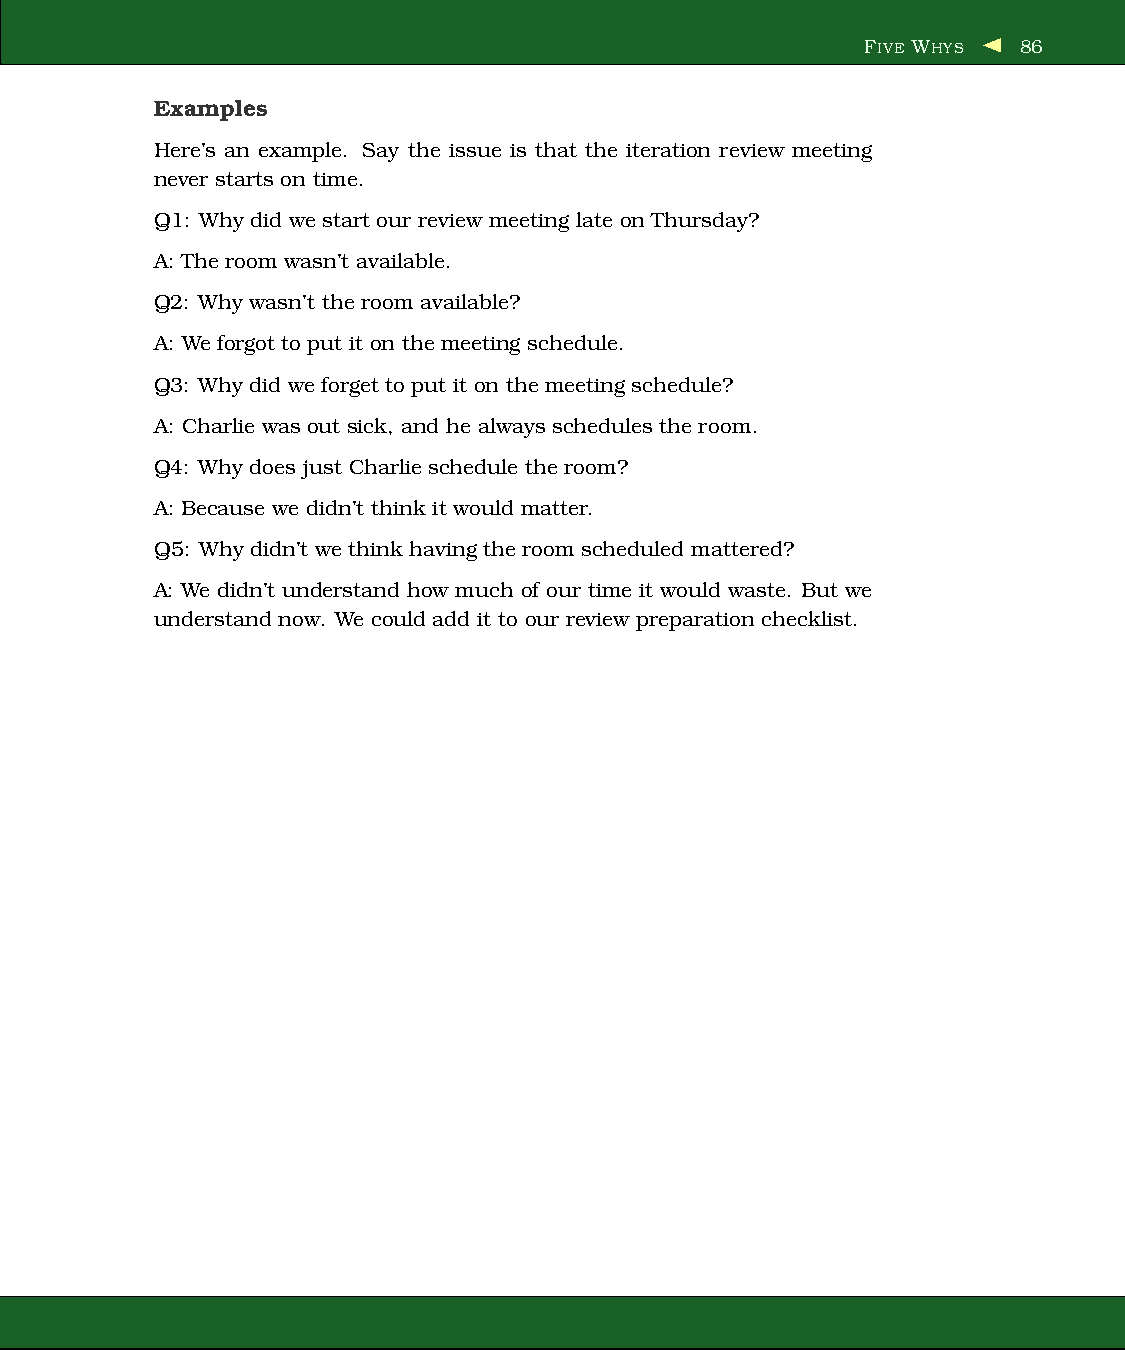
FIVE WHYS  86
 Examples
 Here’s an example. Say the issue is that the iteration review meeting
 never starts on time.
 Q1: Why did we start our review meeting late on Thursday?
 A: The room wasn’t available.
 Q2: Why wasn’t the room available?
 A: We forgot to put it on the meeting schedule.
 Q3: Why did we forget to put it on the meeting schedule?
 A: Charlie was out sick, and he always schedules the room.
 Q4: Why does just Charlie schedule the room?
 A: Because we didn’t think it would matter.
 Q5: Why didn’t we think having the room scheduled mattered?
 A: We didn’t understand how much of our time it would waste. But we
 understand now. We could add it to our review preparation checklist.